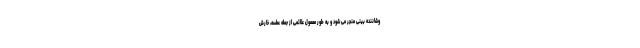
وشاننده بینی منجر می شود و به طور معمول علائمی از جمله عطسه، خارش